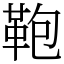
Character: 鞄